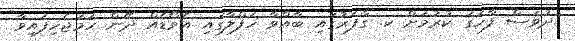
ދުވަސް ފާހަގަ ކުރުމަށް ކ. ގާފަރުގައި ބާއްވާ ހަފްލާގައި އެވޯޑެއް ދޭން ހަަމަޖެހިފައިވާ